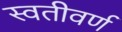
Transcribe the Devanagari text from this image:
स्वतीवर्ण